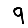
Digit: 9